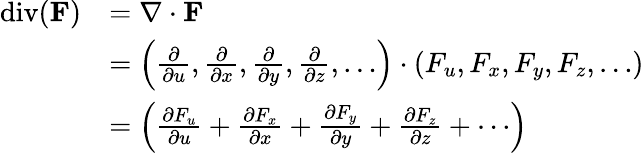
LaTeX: {\begin{array}{rl}{\operatorname{div}(\mathbf{F})}&{=\nabla\cdot\mathbf{F}}\\ &{=\left({\frac{\partial}{\partial u}},{\frac{\partial}{\partial x}},{\frac{\partial}{\partial y}},{\frac{\partial}{\partial z}},\dots\right)\cdot(F_{u},F_{x},F_{y},F_{z},\dots)}\\ &{=\left({\frac{\partial F_{u}}{\partial u}}+{\frac{\partial F_{x}}{\partial x}}+{\frac{\partial F_{y}}{\partial y}}+{\frac{\partial F_{z}}{\partial z}}+\cdots\right)}\end{array}}